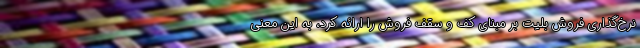
نرخ‌گذاری فروش بلیت بر مبنای کف و سقف فروش را ارائه کرد، به این معنی